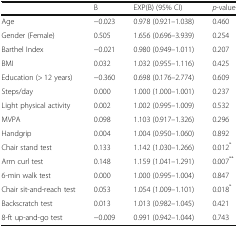
<table><thead><tr><td></td><td><b>B</b></td><td><b>EXP(B) (95% CI)</b></td><td><b><i>p</i>-value</b></td></tr></thead><tbody><tr><td>Age</td><td>−0.023</td><td>0.978 (0.921–1.038)</td><td>0.460</td></tr><tr><td>Gender (Female)</td><td>0.505</td><td>1.656 (0.696–3.939)</td><td>0.254</td></tr><tr><td>Barthel Index</td><td>−0.021</td><td>0.980 (0.949–1.011)</td><td>0.207</td></tr><tr><td>BMI</td><td>0.032</td><td>1.032 (0.955–1.116)</td><td>0.425</td></tr><tr><td>Education (&gt; 12 years)</td><td>−0.360</td><td>0.698 (0.176–2.774)</td><td>0.609</td></tr><tr><td>Steps/day</td><td>0.000</td><td>1.000 (1.000–1.001)</td><td>0.237</td></tr><tr><td>Light physical activity</td><td>0.002</td><td>1.002 (0.995–1.009)</td><td>0.532</td></tr><tr><td>MVPA</td><td>0.098</td><td>1.103 (0.917–1.326)</td><td>0.296</td></tr><tr><td>Handgrip</td><td>0.004</td><td>1.004 (0.950–1.060)</td><td>0.892</td></tr><tr><td>Chair stand test</td><td>0.133</td><td>1.142 (1.030–1.266)</td><td>0.012<sup>*</sup></td></tr><tr><td>Arm curl test</td><td>0.148</td><td>1.159 (1.041–1.291)</td><td>0.007<sup>**</sup></td></tr><tr><td>6-min walk test</td><td>0.000</td><td>1.000 (0.995–1.004)</td><td>0.847</td></tr><tr><td>Chair sit-and-reach test</td><td>0.053</td><td>1.054 (1.009–1.101)</td><td>0.018<sup>*</sup></td></tr><tr><td>Backscratch test</td><td>0.013</td><td>1.013 (0.982–1.045)</td><td>0.421</td></tr><tr><td>8-ft up-and-go test</td><td>−0.009</td><td>0.991 (0.942–1.044)</td><td>0.743</td></tr></tbody></table>